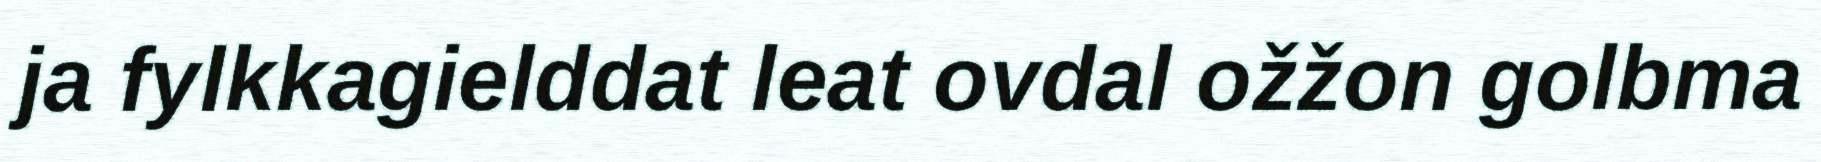
ja fylkkagielddat leat ovdal ožžon golbma